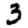
Digit: 3